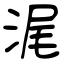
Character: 浘